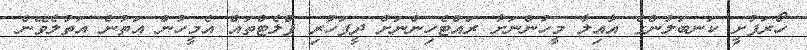
ހޯރަފުށީ ކަނބަލުންގެ އާއިލާ މީހުންނަށާ ރައްޓެހިންނަށް ދީފަހުރި ފްލެޓްތައް އެމީހުން އަތުން އަތުލެވޭނެ